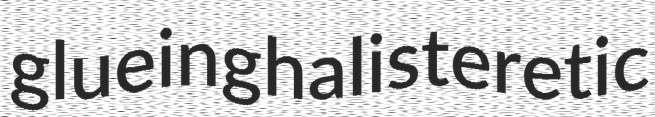
glueing halisteretic